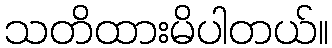
သတိထားမိပါတယ်။